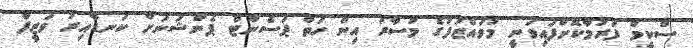
ސްކީމް ފަރުމާކޮށްފައިވަނީ މުވައްޒަފުގެ މުސާރަ އިން ހަތް ޕަސެންޓް ޕެންޝަނަށް ކަނޑާއިރު ވަޒީފާ